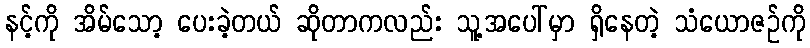
နင့်ကို အိမ်သော့ ပေးခဲ့တယ် ဆိုတာကလည်း သူ့အပေါ်မှာ ရှိနေတဲ့ သံယောဇဉ်ကို